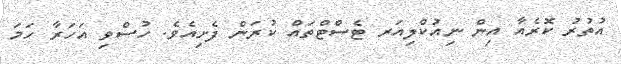
އުތުރު ކޮރެއާ އިން ނިއުކްލިއަރ ޓެސްޓްތައް ކުރަން ފެށިއެވެ. ހުސްވި އަހަރާ ހަމަ